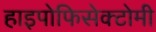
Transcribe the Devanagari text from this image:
हाइपोफिसेक्टोमी